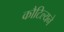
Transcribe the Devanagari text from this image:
कौटिल्‍यने